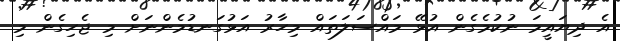
އެ ދިޔައީމަ ނުކުމެގެން އުޅޭ މައްސަލަތައް މިހާރު އަޅުގަނޑުމެންނަށް މި ޖެހިގެން މި